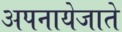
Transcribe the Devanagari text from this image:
अपनायेजाते